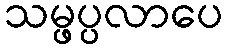
သမ္ဖပ္ပလာပေ